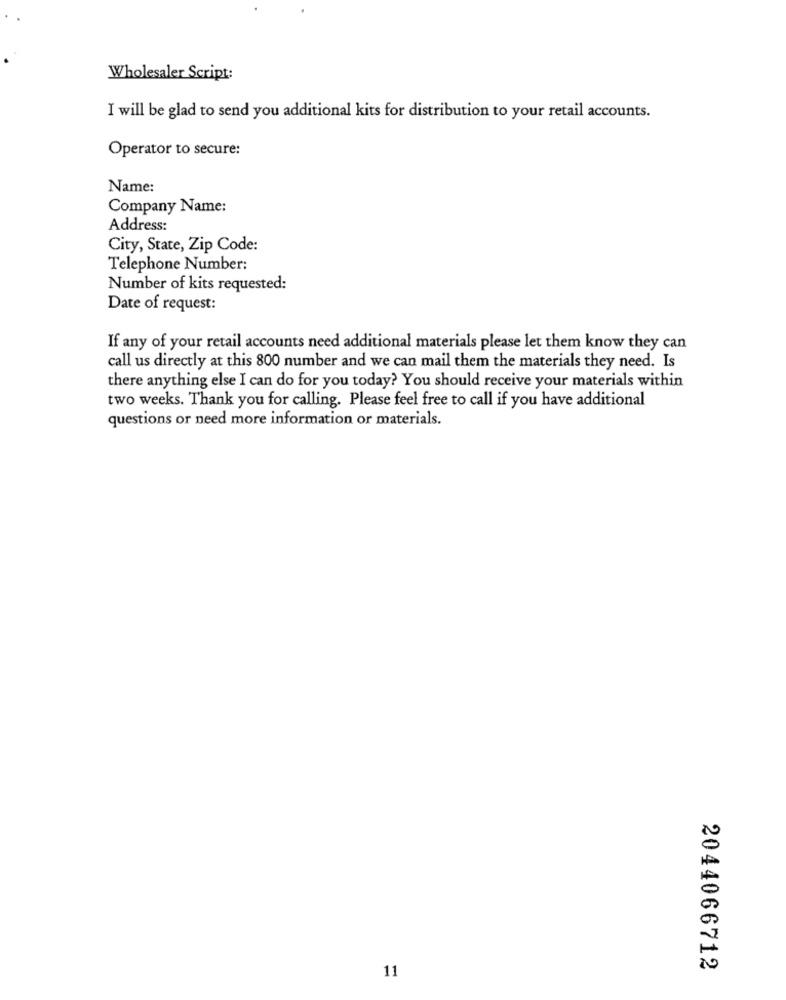
Wholesaler Script:
I will be glad to send you additional kits for distribution to your retail accounts.
Operator to secure:
Name:
Company Name:
Address:
City, State, Zip Code:
Telephone Number:
Number of kits requested:
Date of request:
If any of your retail accounts need additional materials please let them know they can
call us directly at this 800 number and we can mail them the materials they need. Is
there anything else I can do for you today? You should receive your materials within
two weeks. Thank you for calling. Please feel free to call if you have additional
questions or need more information or materials.
11
2044066712